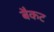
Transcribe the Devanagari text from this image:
बैकट